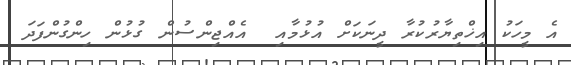
އެ މީހަކު އިޚްތިޔާރުކުރާ ދީނަކަށް އުޅުމާއި  އެއްޖިންސުން ގުޅުން ހިންގުންފަދަ